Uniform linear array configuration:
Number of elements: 12
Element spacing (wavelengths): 0.75
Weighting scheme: cosine
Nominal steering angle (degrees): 0
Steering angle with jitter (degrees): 0.4151
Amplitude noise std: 0.05
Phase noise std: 0.05

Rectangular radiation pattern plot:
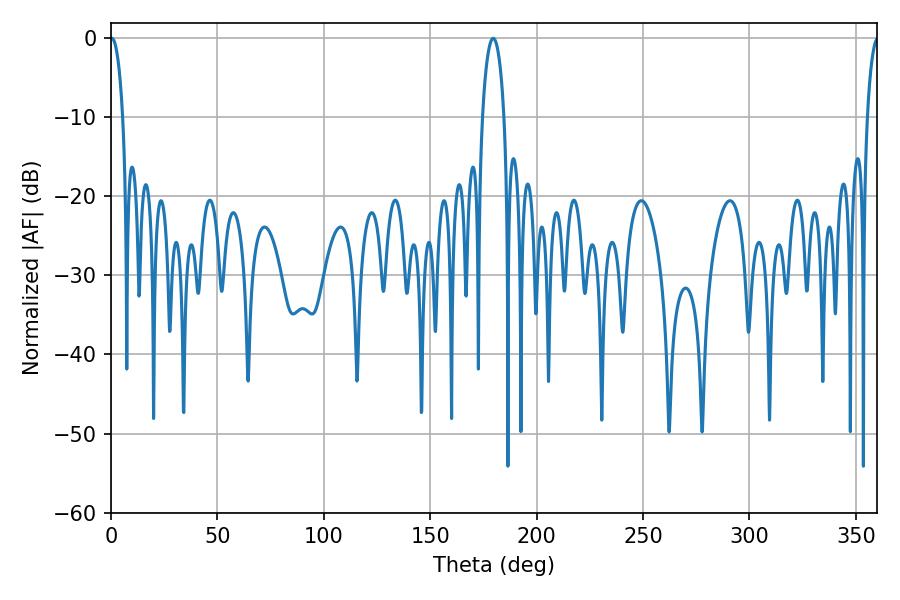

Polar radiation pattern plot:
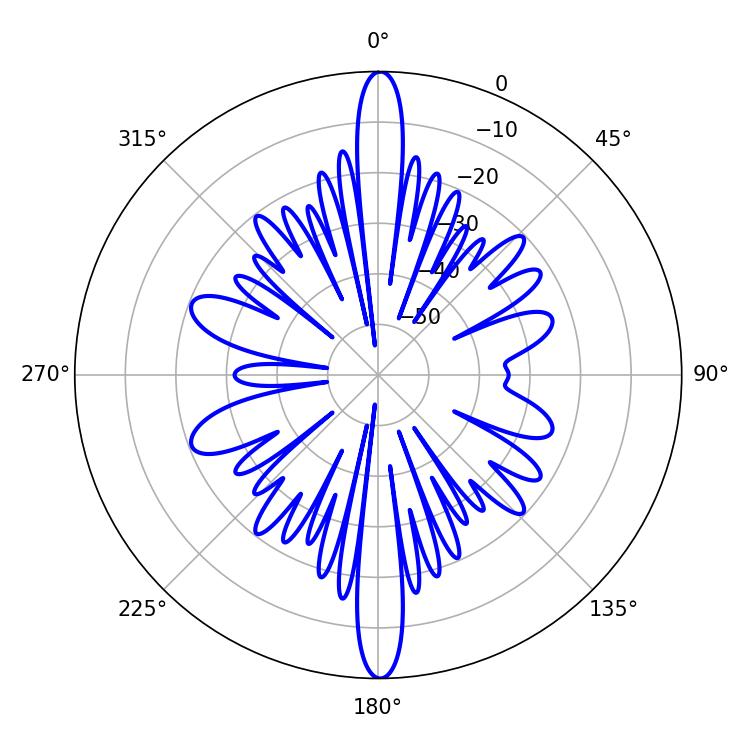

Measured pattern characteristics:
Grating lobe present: TRUE
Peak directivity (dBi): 33.022
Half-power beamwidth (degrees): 3.24
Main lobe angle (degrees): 0.36